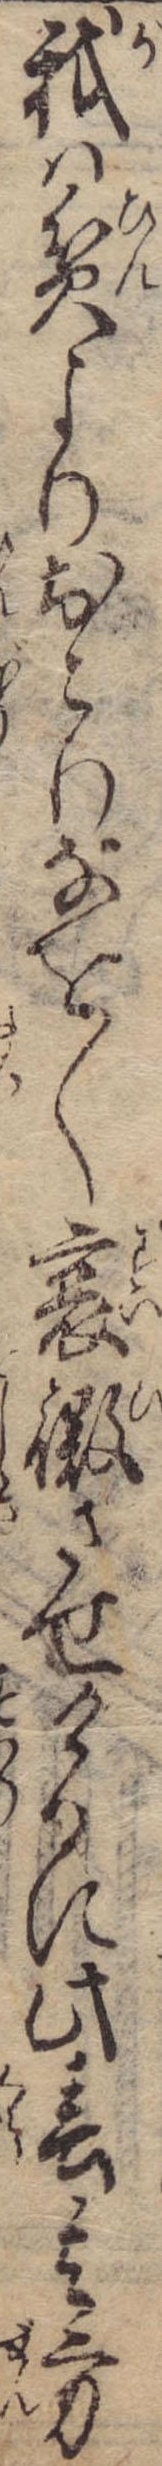
我は貧よりおこりなを〱衰微させけるに此春其方